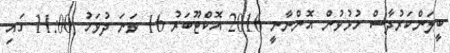
ބީލަންކަރުދާސް ހުޅުވުން އޮންނާނީ 2016 އޮކްޓޫބަރު 16 ވަނަ ދުވަހު 11:00 ގައި